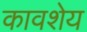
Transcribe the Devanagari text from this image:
कावशेय